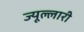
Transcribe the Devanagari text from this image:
ज्यूल्लारी